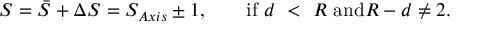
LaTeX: S = \bar { S } + \Delta S = S _ { A x i s } \pm 1 , \mathrm { ~ \ \ \ \ \ i f ~ } d \ < \ R \mathrm { ~ a n d } R - d \neq 2 .